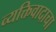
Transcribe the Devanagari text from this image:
व्यक्तिवादाचा